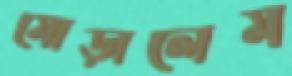
মোড়ালেম